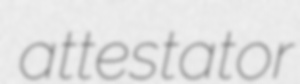
attestator